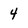
Character: 4